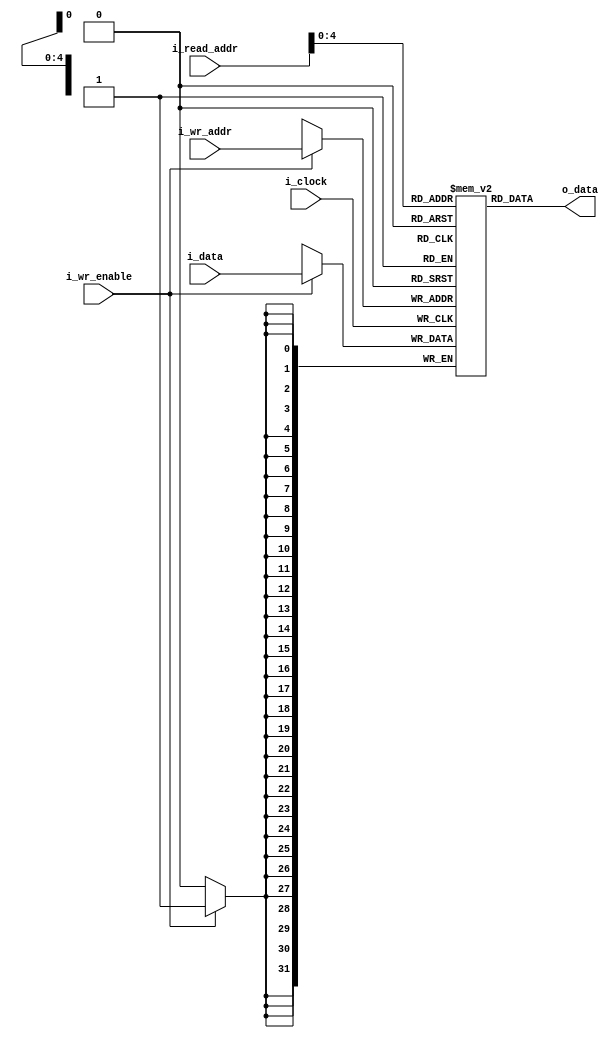
`timescale 1ns/100ps
module program_memory
#(
    parameter                               NB_ADDR         = 32,
    parameter                               NB_ADDR_CUSTOM  =  5,
    parameter                               NB_DATA         = 32,
    parameter                               ROM_DEPTH       = 30,
    parameter                               FILE            = ""
)
(   
    //Outputs
    output wire [NB_DATA-1          : 0]    o_data,

    //Inputs
    input wire                              i_wr_enable,
    input wire  [NB_ADDR_CUSTOM-1   : 0]    i_wr_addr,
    input wire  [NB_DATA-1          : 0]    i_data,
    input wire  [NB_ADDR-1          : 0]    i_read_addr,
    
    //Clocking
    input wire                              i_clock
);

    /*                              Internal Signals                                */
    reg         [NB_DATA-1   : 0]           rom [ROM_DEPTH-1 : 0];

    /*                              Alu algorithm begins                            */
    always @ (posedge i_clock)
    begin
        if(i_wr_enable)
        begin
            rom[i_wr_addr] <= i_data;
        end
    end
    
    /*initial
        $readmemb(FILE, rom, 0, ROM_DEPTH-1);*/
    
    //Module outputs: reading - low latency
    assign                              o_data = rom[i_read_addr];

endmodule